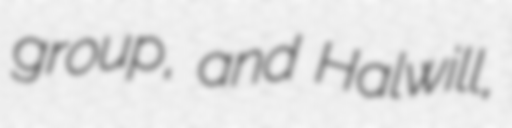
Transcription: group, and Halwill,